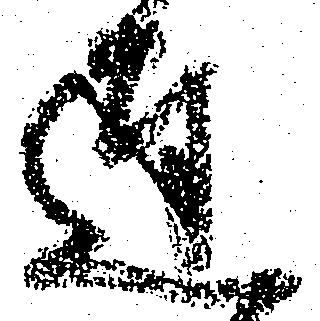
達